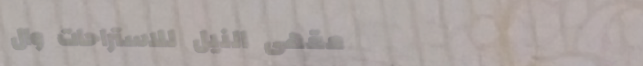
مقهى النيل للاستراحات وال